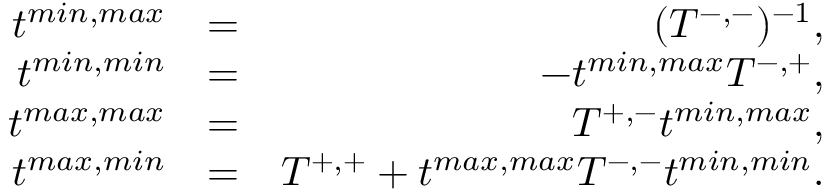
\begin{array} { r l r } { t ^ { m i n , m a x } } & { = } & { ( T ^ { - , - } ) ^ { - 1 } , } \\ { t ^ { m i n , m i n } } & { = } & { - t ^ { m i n , m a x } T ^ { - , + } , } \\ { t ^ { m a x , m a x } } & { = } & { T ^ { + , - } t ^ { m i n , m a x } , } \\ { t ^ { m a x , m i n } } & { = } & { T ^ { + , + } + t ^ { m a x , m a x } T ^ { - , - } t ^ { m i n , m i n } . } \end{array}